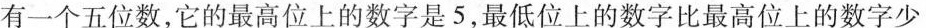
有一个五位数，它的最高位上的数字是5，最低位上的数字比最高位上的数字少